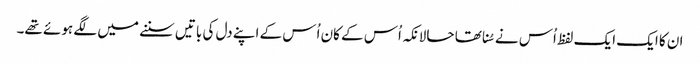
ان کا ایک ایک لفظ اُس نے سُنا تھا حالانکہ اُس کے کان اُس کے اپنے دل کی باتیں سننے میں لگے ہوئے تھے۔